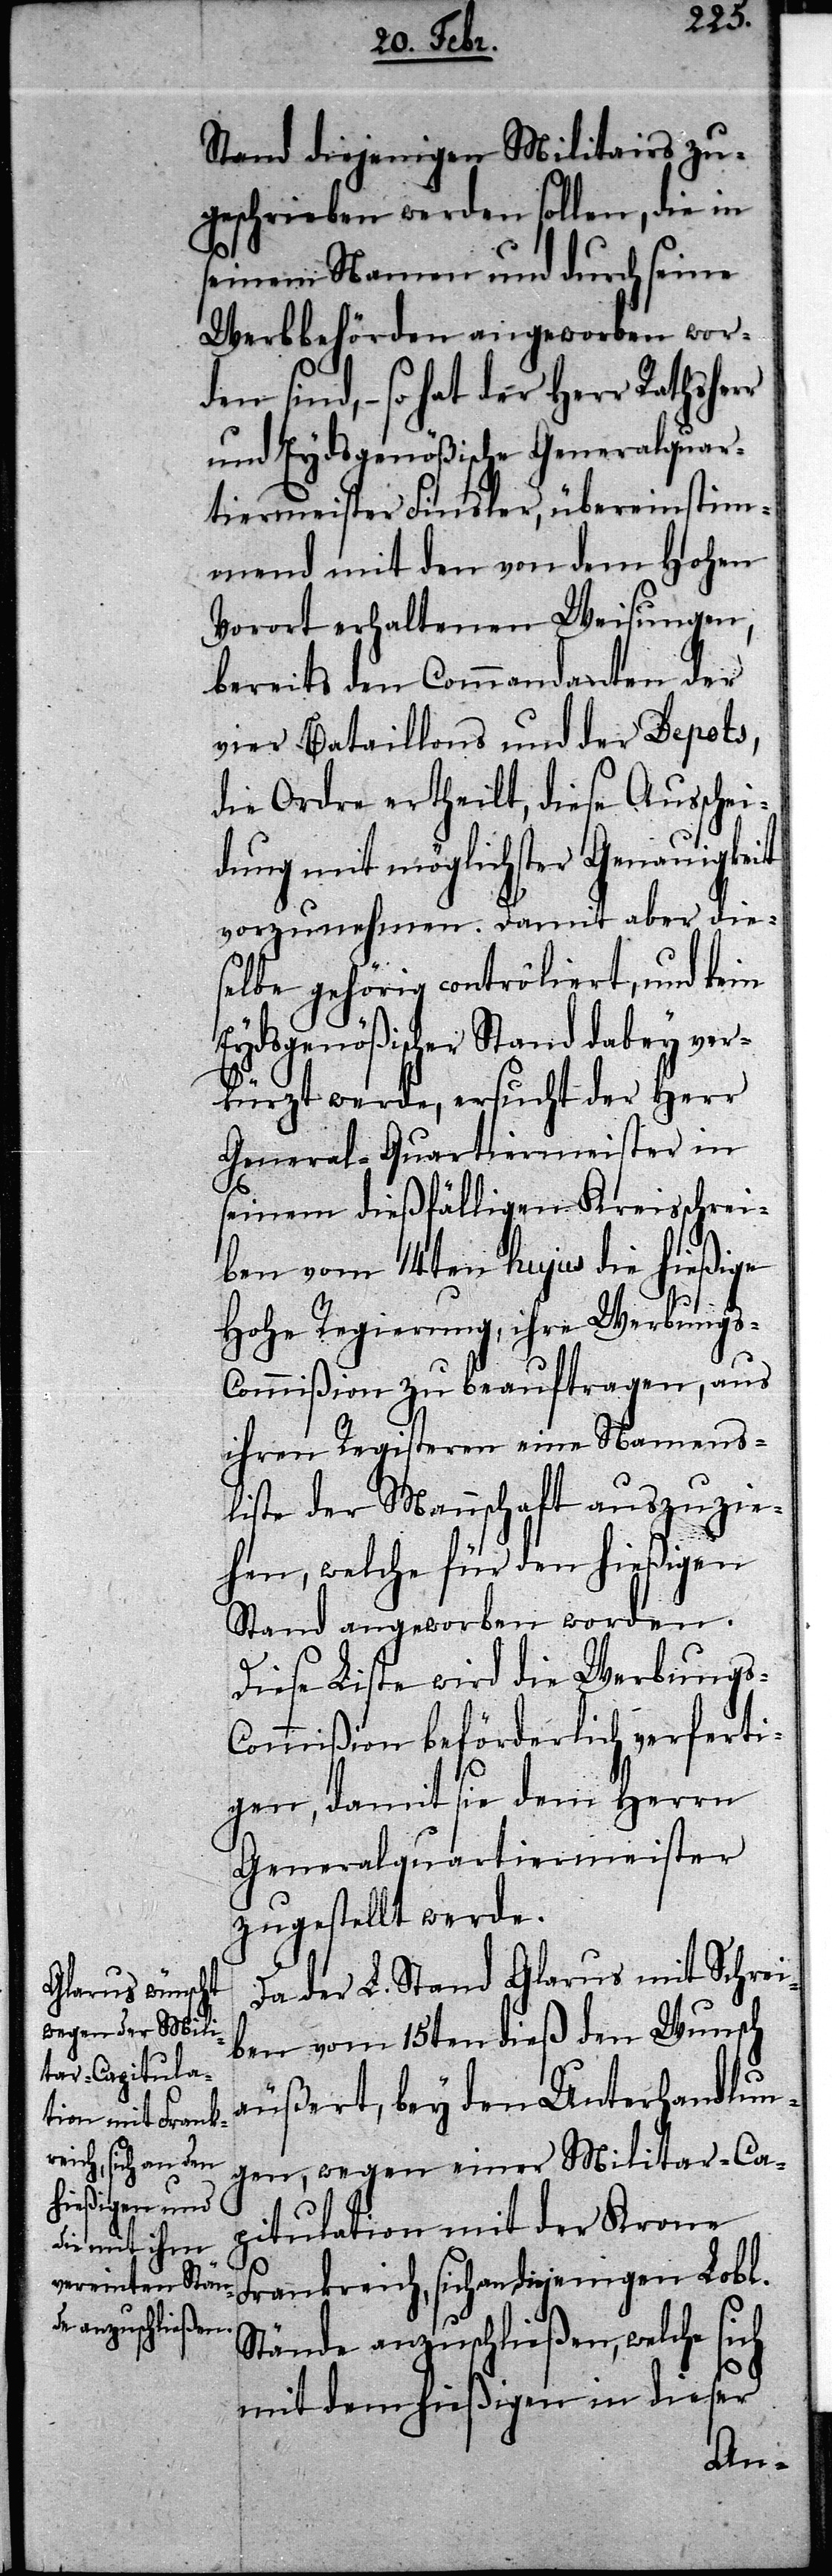
Stand diejenigen Militairs zu¬
geschrieben werden sollen, die in
seinem Namen und durch seine
Werbbehörden angeworben wor¬
den sind, – so hat der Herr
und Eydsgenößische Generalquar¬
tiermeister Finsler, übereinstim¬
mend mit den von dem Hohen
Vorort erhaltenen Weisungen,
bereits den Commandanten der
vier Bataillons und der Depots,
die Ordre ertheilt, diese Ausschei¬
dung mit möglichster Genauigkeit
vorzunehmen. Damit aber die¬
selbe gehörig contrôliert, und kein
Eydsgenößischer Stand dabey ver¬
kürzt werde, ersucht der Herr
General-Quartiermeister in
seinem dießfälligen Kreisschrei¬
ben vom 14ten hujus die hießige
Hohe Regierung, ihre Werbung¬
s-Commißion zu beauftragen, aus
ihren Registeren eine Namens¬
liste der Mannschaft auszuzie¬
hen, welche für den hießigen
Stand angeworben worden.
Diese Liste wird die Werbungs-C¬
ommißion beförderlich verferti¬
gen, damit sie dem Herrn
Generalquartiermeister
zugestellt werde.
Da der L. Stand Glarus mit Schrei¬
ben vom 15ten dieß den Wunsch
äußert, bey den Unterhandlun¬
gen, wegen einer Militar-Ca¬
pitulation mit der Krone
Frankreich, sich an diejenigen Lobl.
Stände anzuschließen, welche sich
mit dem hießigen in dieser